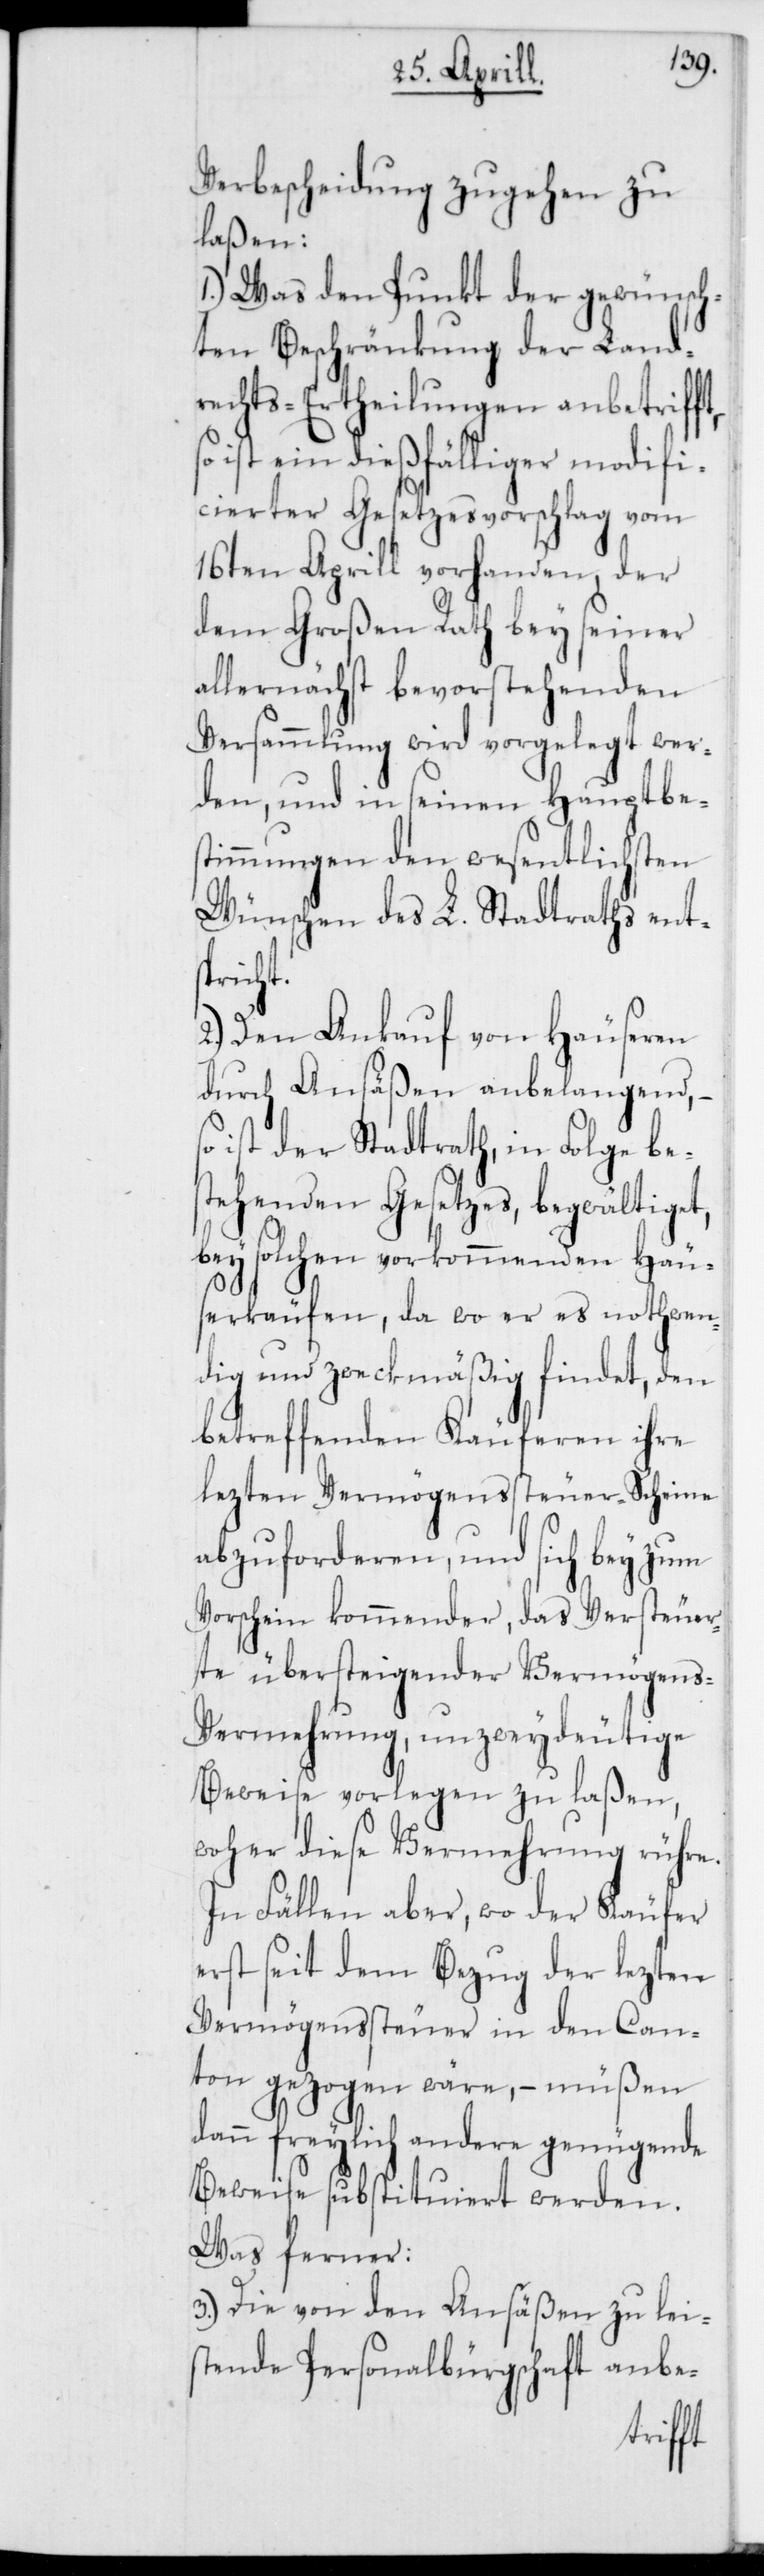
Verbescheidung zugehen zu
laßen:
1.) Was den Punkt der gewünsch¬
ten Beschränkung der Land¬
rechts-Ertheilungen anbetrif¬
ist ein dießfälliger modifi¬
cierter Gesetzesvorschlag vom
16ten Aprill vorhanden, der
dem Großen Rath bey seiner
allernächst bevorstehenden
Versammlung wird vorgelegt wer¬
den, und in seinen Hauptbe¬
stimmungen den wesentlichsten
Wünschen des L. Stadtraths ents¬
pricht.
2.) Den Ankauf von Häuseren
durch Ansäßen anbelangend, –
so ist der Stadtrath, in Folge bes¬
tehenden Gesetzes, begwältiget,
bey solchen vorkommenden Häu¬
serkäufen, da wo er es nothwen¬
dig und zweckmäßig findet, den
betreffenden Käuferen ihre
lezten Vermögenssteuer-Scheine
abzuforderen, und sich bey zum
Vorschein kommender, das Versteuer¬
te übersteigender Vermögens-V¬
ermehrung, unzweydeutige
Beweise vorlegen zu laßen,
woher diese Vermehrung rühre.
In Fällen aber, wo der Käufer
erst seit dem Bezug der lezten
Vermögenssteuer in den Can¬
ton gezogen wäre, – müßen
dann freylich andere genügende
Beweise substituiert werden.
Was ferner:
3.) Die von den Ansäßen zu lei¬
stende Personalbürgschaft anbe-
ft,